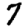
Digit: 7